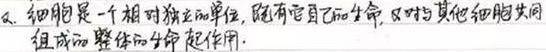
2. 细胞是一个相对独立的单位，既有它自己的生命，又对与其他细胞共同组成的整体的生命起作用.